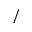
/